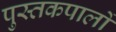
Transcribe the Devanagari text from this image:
पुस्तकपालों